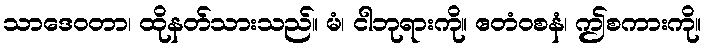
သာဒေဝတာ၊ ထိုနတ်သားသည်။ မံ၊ ငါဘုရားကို။ ဧတံဝစနံ၊ ဤစကားကို။